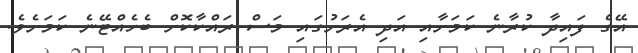
އޭގެ ފައިދާ ކުރާނެ ކަމަށާއި އަދި އެރަށުގައި މަސް ރައްކާކޮށް ބެހެއްޓޭނެ ކަމަށެވެ.